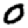
Digit: 0